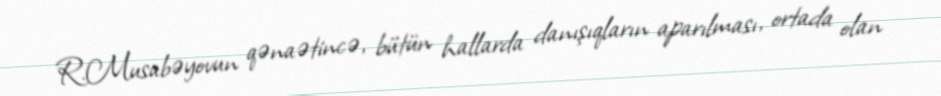
R.Musabəyovun qənaətincə, bütün hallarda danışıqların aparılması, ortada olan